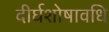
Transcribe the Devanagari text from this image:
दीर्घशोषावधि